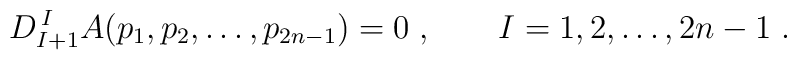
D^{\, I}_{I+1}A(p_1,p_2,\ldots,p_{2n-1})=0\;, \qquad I=1,2,\ldots, 2n-1\;.